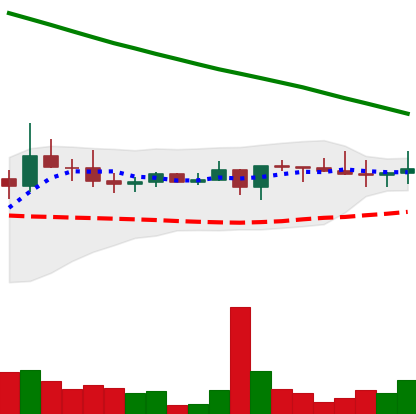
Ticker: XRP-USD
Chart end date: 2022-08-17
Forward return: -9.214%
Label: down_7plus